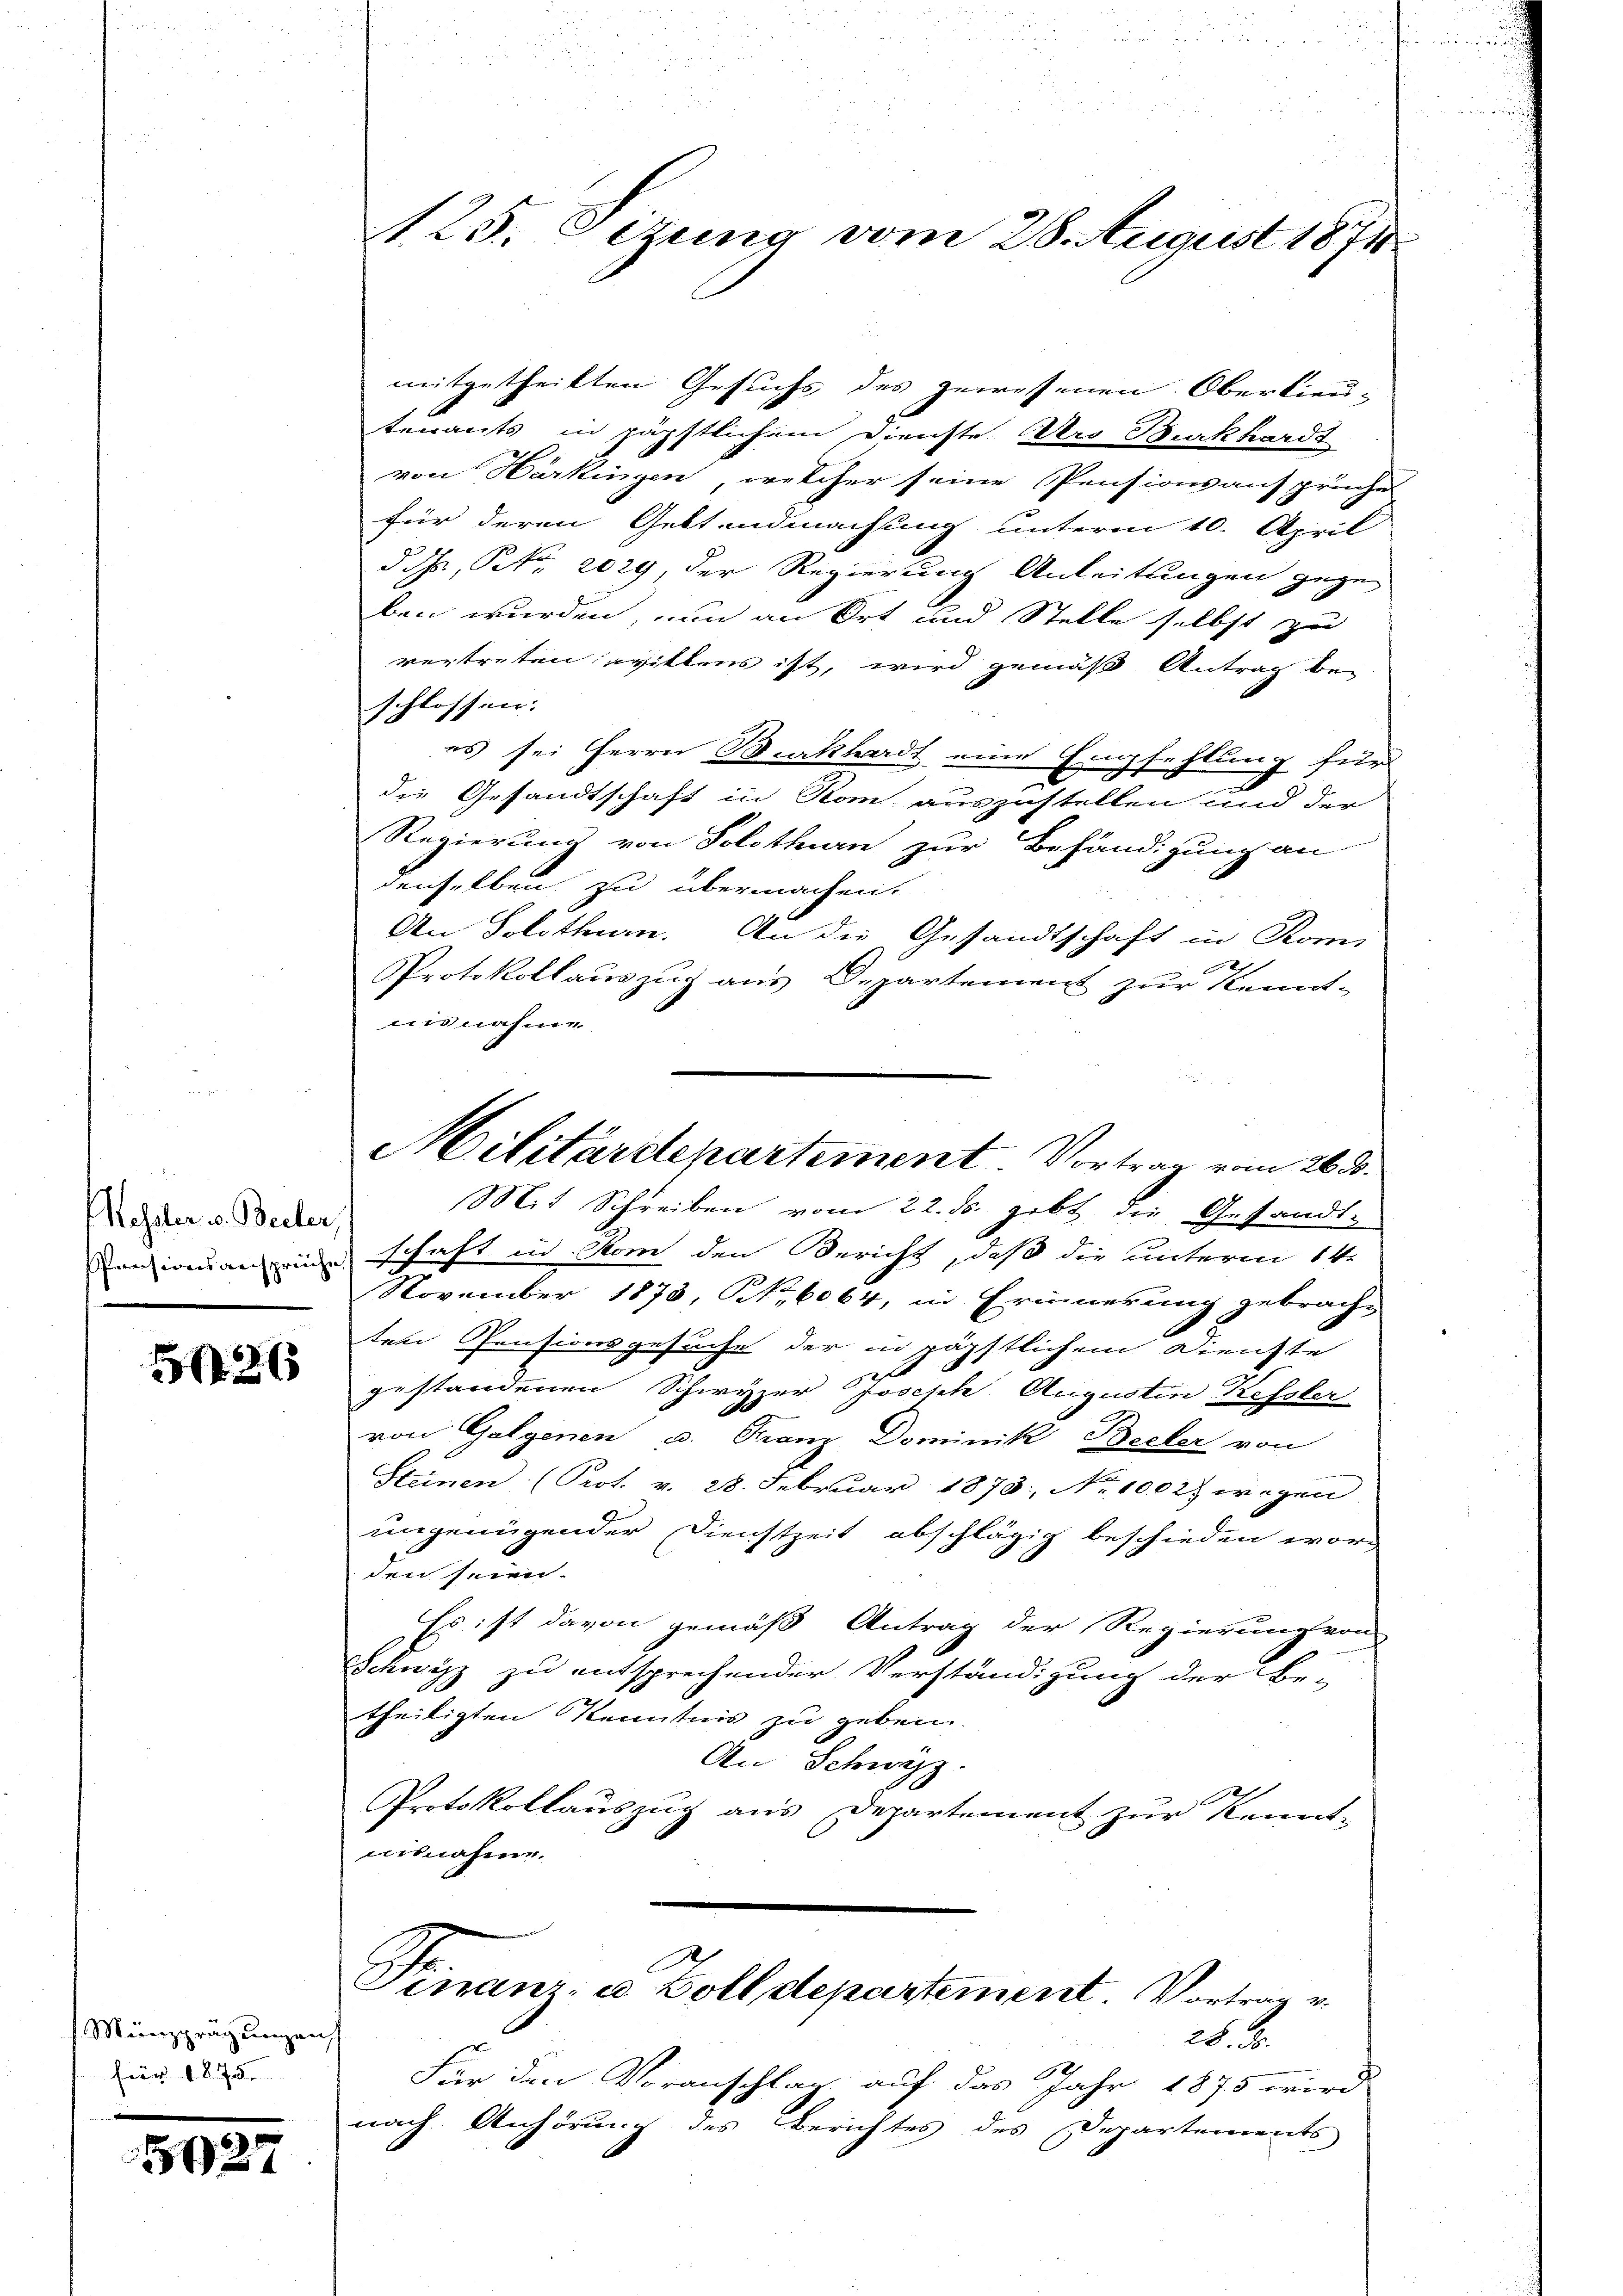
Kessler v. Beiter
Pensionsanspreche

526

Münzprägungen
für 1875.

5127

A 25. Sitzung vom 28. August 1871

mitgetheilten Gesuchs des gewesenen Oberlieutenants in päpstlichem Dienste Aero Burkhardt
von Härkingen, welcher seine Pensionsansprüche
für deren Geltendmachung unterm 10. April
d d, Petr. 2029, der Regierung Anleitungen gegen
ben wurden, um an Ort und Stelle selbst zu
vertreten willens ist, wird gemäß Antrag be-
schlossen.
es sei Herrn Bratthardt eine Empfehlung für
e
die Gesandtschaft in Rom auszustellen und der
Regierung von Solothurn zur Behändigung an
denselben zu übermachen.
An Solothurn. An die Gesandtschaft in Romi
Protokollauszug aus Departement zur Kennt-
nisnahme
Militärdepartement. Vortrag vom 26.
Mit Schreiben vom 22. ds. gebt die Gesandt-
schaft in Rom den Bericht, daß die unterm 14.
November 1873, NNo. 6064, in Erinnerung gebrach-
ten Pensionsgesuche der in päpstlichem Dienste
gestandenen Schwyzer Joseph Augustin Kessler
von Golgenen u. Franz Dominik Becker von
Steinen (Prot. v. 28. Februar 1873, No 1002 wegen
ungenügender Dienstzeit abschlägig beschieden wor
den seien.
Es ist davon gemäß Antrag der Regierung von
Schwyz zu entsprechender Verständigung der Be-
theiligten Kenntnis zu geben.
An Schwyz.
Protokollauszug aus Departement zur Kennt-
aisnahme.

Finanz- u. Zolldepartement. Vortrag v.

28. d.
.
Für den Voranschlag auf das Jahr 1875 wird
nach Anhörung des Berichtes des Departements